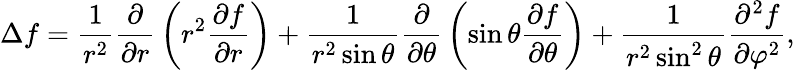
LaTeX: \Delta f={\frac{1}{r^{2}}}{\frac{\partial}{\partial r}}\left(r^{2}{\frac{\partial f}{\partial r}}\right)+{\frac{1}{r^{2}\sin\theta}}{\frac{\partial}{\partial\theta}}\left(\sin\theta{\frac{\partial f}{\partial\theta}}\right)+{\frac{1}{r^{2}\sin^{2}\theta}}{\frac{\partial^{2}f}{\partial\varphi^{2}}},